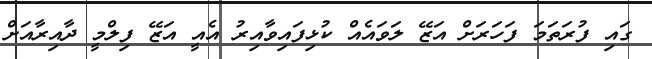
ގައި ފުރަތަމަ ފަހަރަށް އަޒޭ ލަވައެއް ކުޅިފައިވާއިރު އެއީ އަޒޭ ފިލްމީ ދާއިރާއަށް